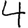
Digit: 4